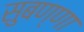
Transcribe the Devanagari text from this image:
सुबण्णा